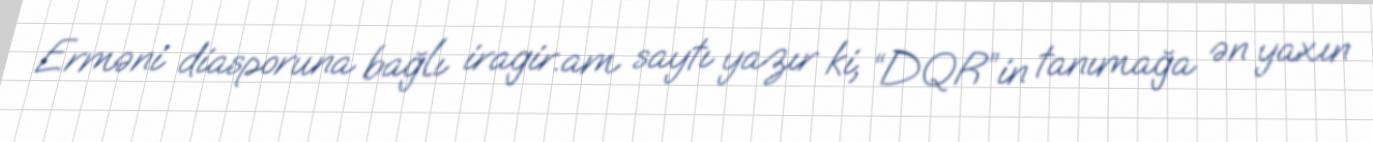
Erməni diasporuna bağlı iragir.am saytı yazır ki, “DQR”in tanımağa ən yaxın